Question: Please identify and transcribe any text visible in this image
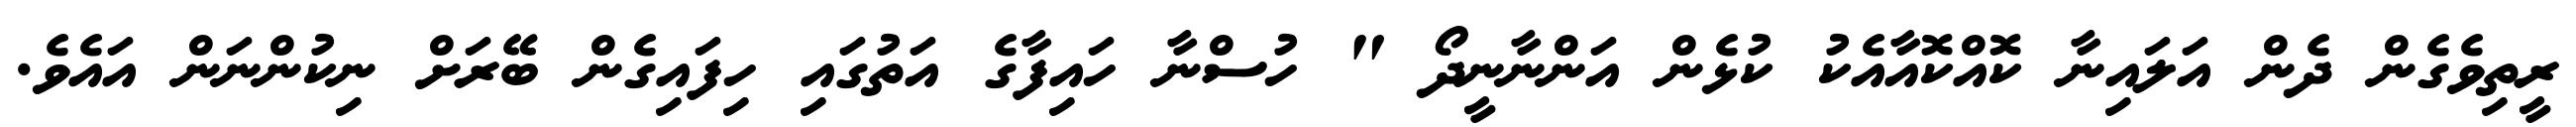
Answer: ރީތިވެގެން ދެން އަލައިނާ ކޮއްކޮއާއެކު ކުޅެން އަންނާނީދޯ " ހުސްނާ ހައިފާގެ އަތުގައި ހިފައިގެން ބޭރަށް ނިކުންނަން އައެވެ.